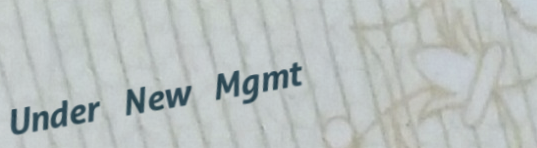
Under New Mgmt